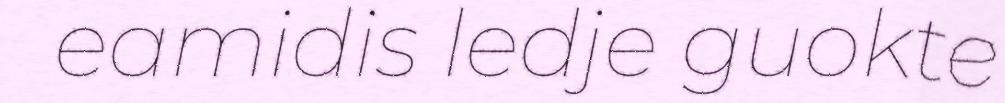
eamidis ledje guokte